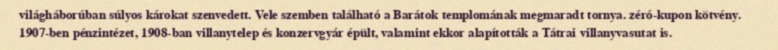
világháborúban súlyos károkat szenvedett. Vele szemben található a Barátok templomának megmaradt tornya. zéró-kupon kötvény. 1907-ben pénzintézet, 1908-ban villanytelep és konzervgyár épült, valamint ekkor alapították a Tátrai villanyvasutat is.